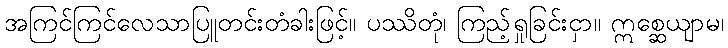
အကြင်ကြင်လေသာပြူတင်းတံခါးဖြင့်။ ပဿိတုံ၊ ကြည့်ရှုခြင်းငှာ။ ဣစ္ဆေယျာမ၊